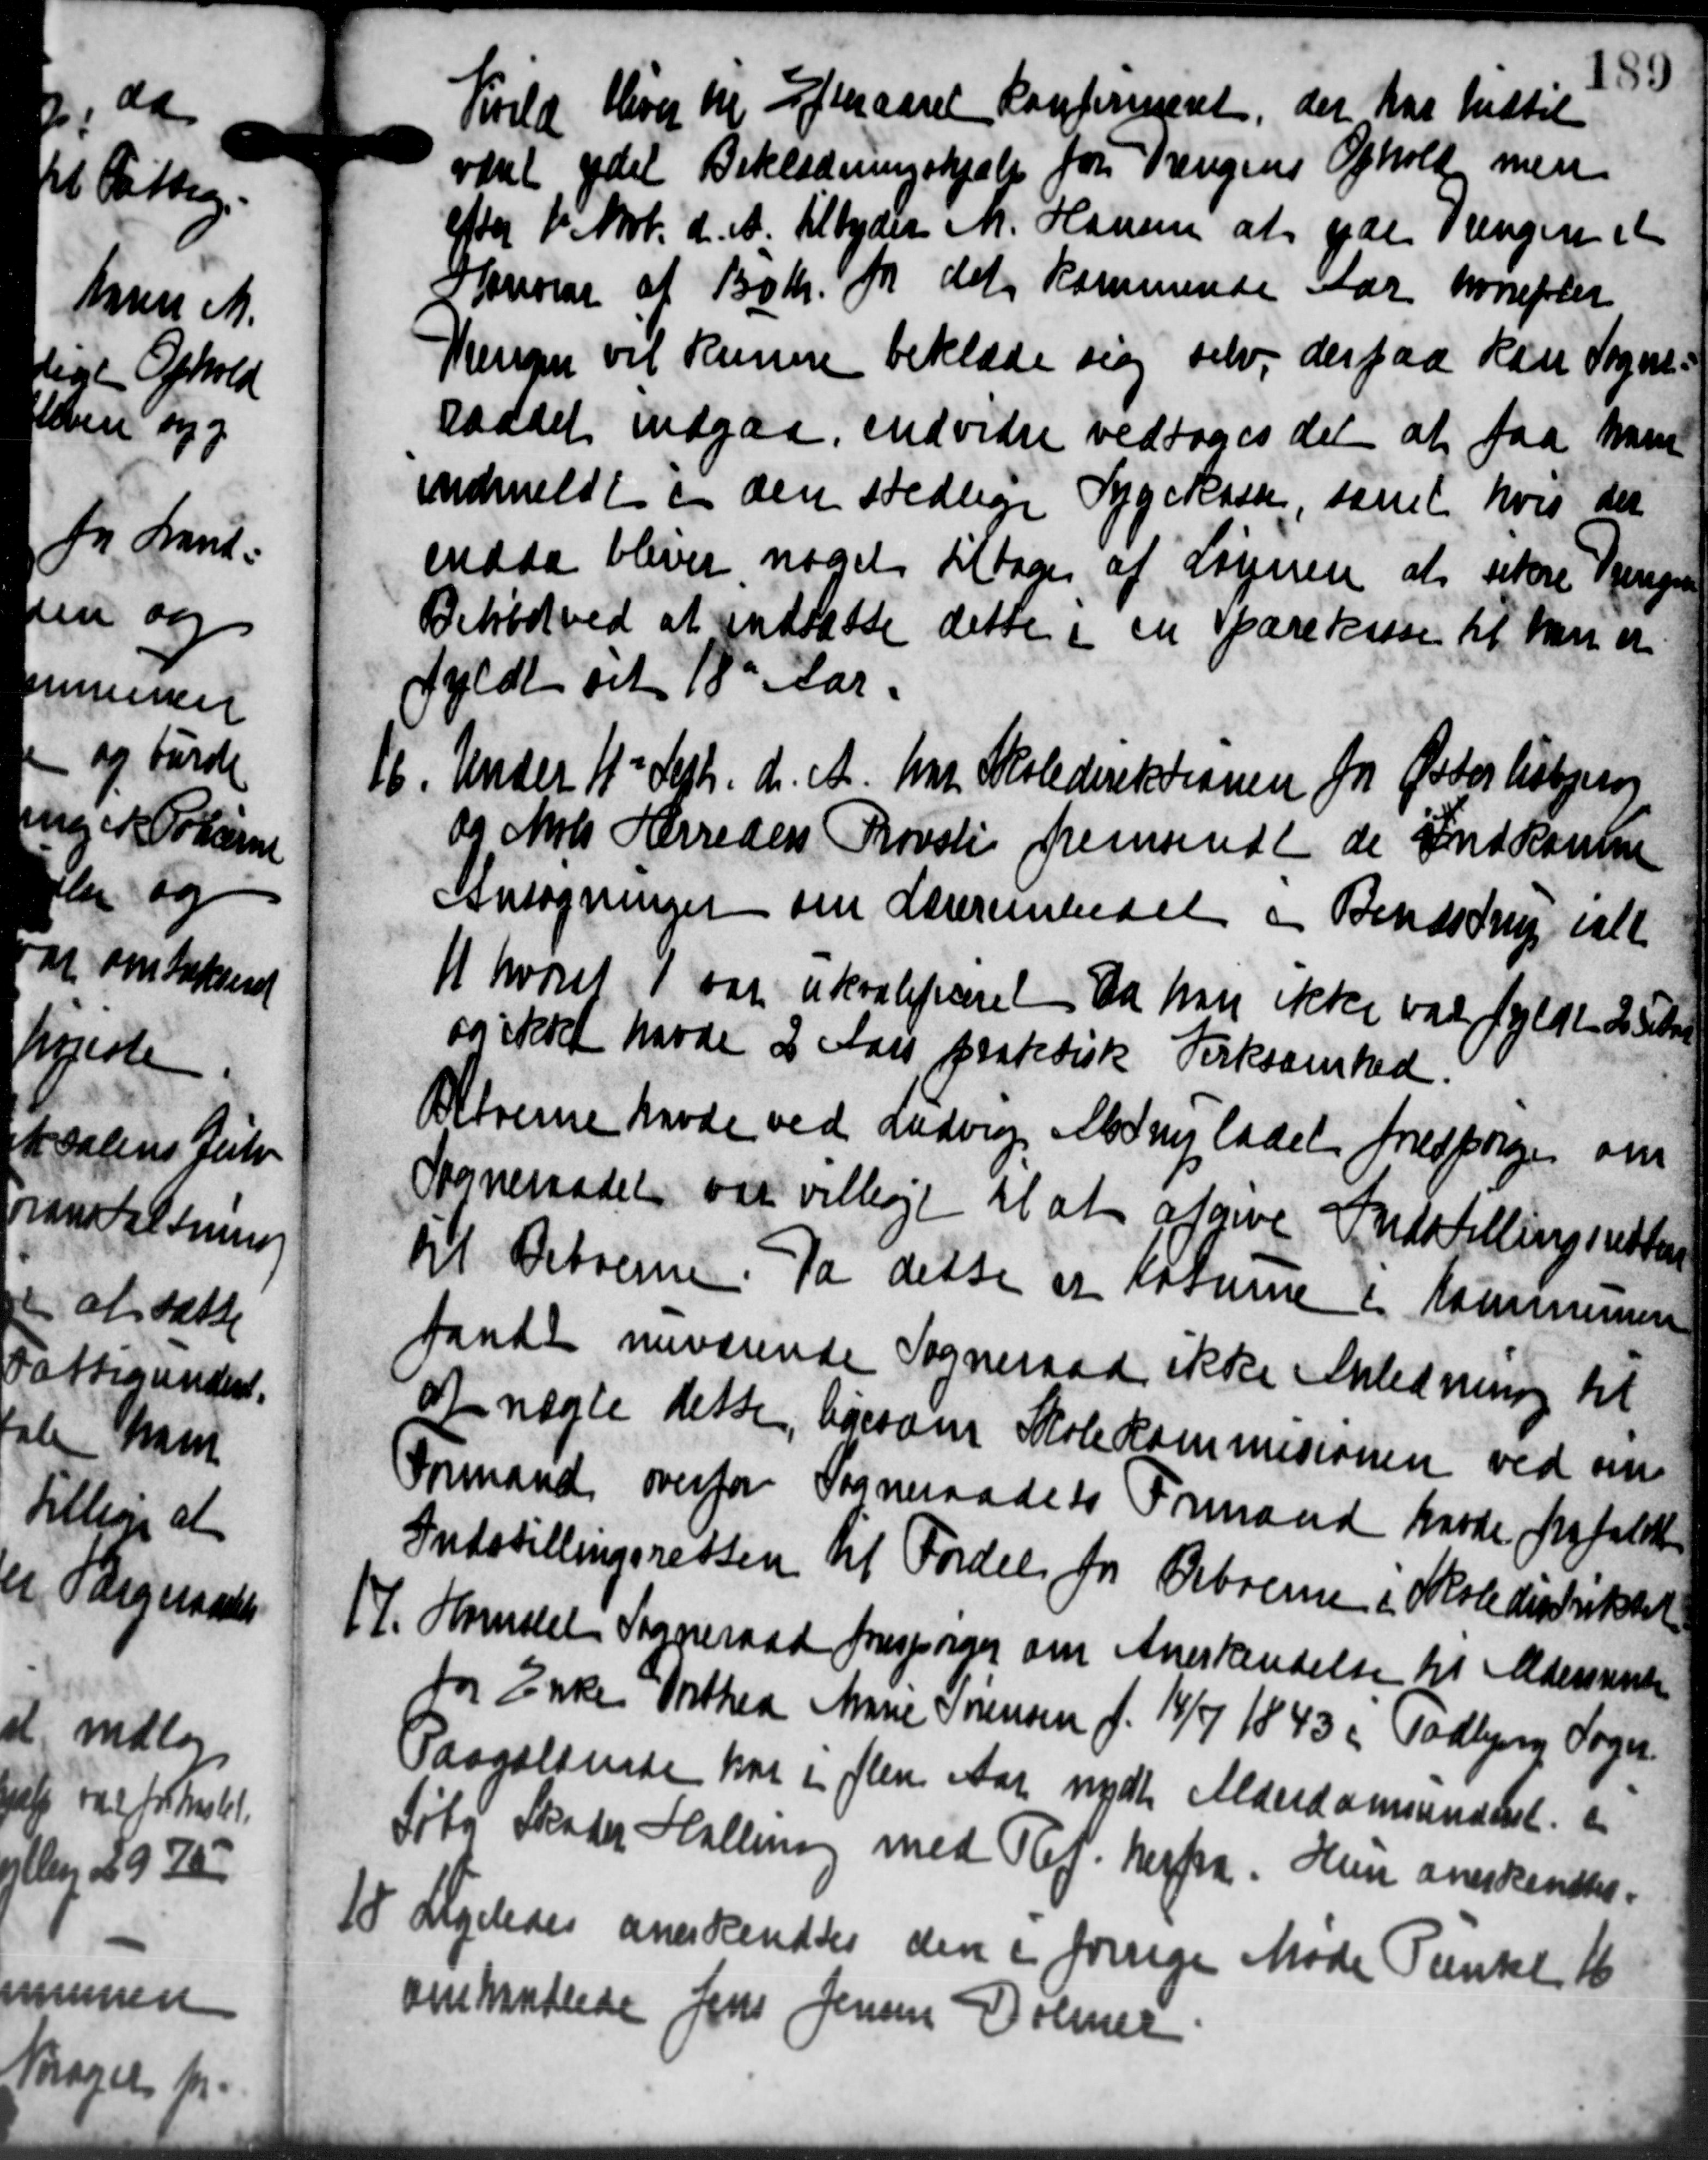
Transskription:
Kvild Hiver M Jeaaret Konfirmeret, der har hidtil
været ydet Beklædningshjælp for Trengens Ophold men
efter 1' Nov. d. A. tilbyder M. Hansen at yde Tængen et
Sorening af 10 kr. for det kommende Aar hvorefter
Hansen vil kunne beklæde sig selv, der paa kan Sogne-
raadet indgaa, endvidre vedtoges det at faa ham
indmeldt i den stedlige Sygekassen, samt hvis der
edda bliver noget tiltages af Lignen at store Tjenega
Bekød ved at indsatte dette i en Sparekasse til han er
fyldt af 18de Aar.
16. Under 1' Sept. d. A. har Skoledirektionen fra Øster Lisbjerg
16. Under 1' Sept. d. A. har Skoledirektionen fra Øster Lisbjerg
og Mols Herreders Provsti fremsendt de Indkomme
Ansøgninger om Lærerembedet og Bendstring ialt
11 hvoret 1 var akvalificeret da han ikke var fyldt 2 Stkr.
og ikket havde 2 Aars paabetisk Virksomhed.
Beboerne havde ved Ludvig Aldrup ladet forespørger om
Sogneraadet var villige til at afgive Indstilling indta
til Beboerne. Da dette er løserne i Kommunen
tande nuværende Sogneraad ikke Anledning til
af næste dette, ligesom Skolekommisionen ved om
Formand overfor Sogneraadets Formand havde frafaldte
Indstillingsretten til Fordel fra Beboerne i Skoledistriktet
17. Hansel Sogneraad forespørger om Anerkendelse til Aldersrenten
17. Hansel Sogneraad forespørger om Anerkendelse til Aldersrenten
for Enke Vithed Marie Sørensen f. 14/7 1843 og Todbjerg Sogn
Paagældende har i flere Aar nydte Alderdomsunderst.
1
Søtø Skater Halling med Th. S. herfra. Hun anerkendtes.
10 Ligeledes anerkendtes den er forrige Møde Tænke 16
10 Ligeledes anerkendtes den er forrige Møde Tænke 16
omhandlede Jens Jensen Dolmer